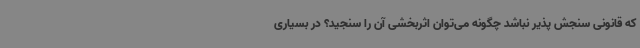
که قانونی سنجش پذیر نباشد چگونه می‌توان اثربخشی آن را سنجید؟ در بسیاری